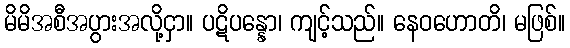
မိမိအစီအပွားအလို့ငှာ။ ပဋိပန္နော၊ ကျင့်သည်။ နေဝဟောတိ၊ မဖြစ်။